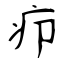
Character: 疖